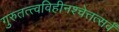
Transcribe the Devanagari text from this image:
गुरुतत्त्वविहीनश्चेत्तत्सर्वं